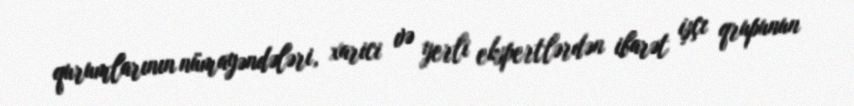
qurumlarının nümayəndələri, xarici və yerli ekspertlərdən ibarət işçı qrupunun